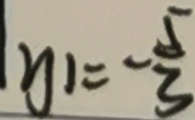
y _ { 1 } = - \frac { 5 } { 3 }